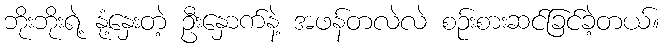
ဘိုးဘိုးရဲ့ နုံ့နှေးတဲ့ ဦးနှောက်နဲ့ အဖန်တလဲလဲ စဉ်းစားဆင်ခြင်ခဲ့တယ်။